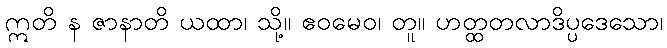
ဣတိ န ဇာနာတိ ယထာ၊ သို့။ ဧဝမေဝ၊ တူ။ ဟတ္ထတလာဒိပ္ပဒေသော၊